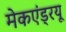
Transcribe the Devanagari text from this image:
मेकएंड्रयू